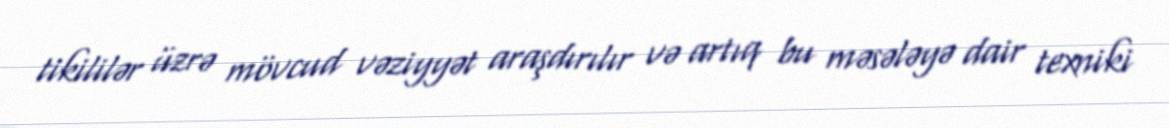
tikililər üzrə mövcud vəziyyət araşdırılır və artıq bu məsələyə dair texniki